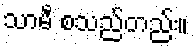
သာမီ စသည်တည်း။